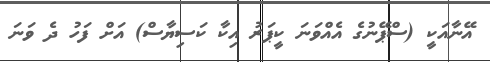
އޭނާއަކީ (ސްޕޭނުގެ އެއްވަނަ ކީޕަރު އިކާ ކަސިޔާސް) އަށް ފަހު ދެ ވަނަ